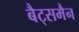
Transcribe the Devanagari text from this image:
बैट्समैन